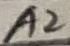
Text: A2